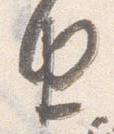
由